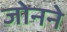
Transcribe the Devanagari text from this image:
जोनने